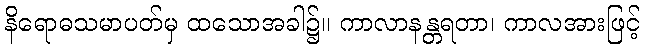
နိရောဓသမာပတ်မှ ထသောအခါ၌။ ကာလာနန္တရတာ၊ ကာလအားဖြင့်